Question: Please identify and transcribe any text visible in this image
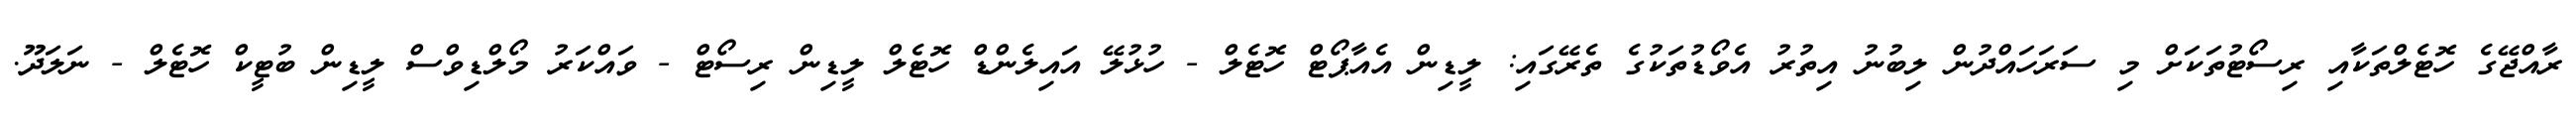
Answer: ރާއްޖޭގެ ހޮޓެލްތަކާއި ރިސޯޓުތަކަށް މި ސަރަހައްދުން ލިބުނު އިތުރު އެވޯޑުތަކުގެ ތެރޭގައި: ލީޑިން އެއާޕޯޓް ހޮޓެލް - ހުޅުލޭ އައިލެންޑް ހޮޓެލް ލީޑިން ރިސޯޓް - ވައްކަރު މޯލްޑިވްސް ލީޑިން ބުޓީކް ހޮޓެލް - ނަލަދޫ.